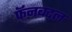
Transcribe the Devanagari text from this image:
फॅनबद्दल